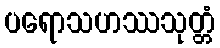
ပရောသဟဿသုတ္တံ